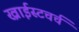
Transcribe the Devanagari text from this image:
ख्राईस्टचर्च